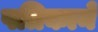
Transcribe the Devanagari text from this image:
पत्रिकाने